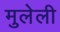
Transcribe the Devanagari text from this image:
मुलेली